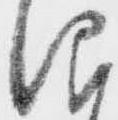
仰